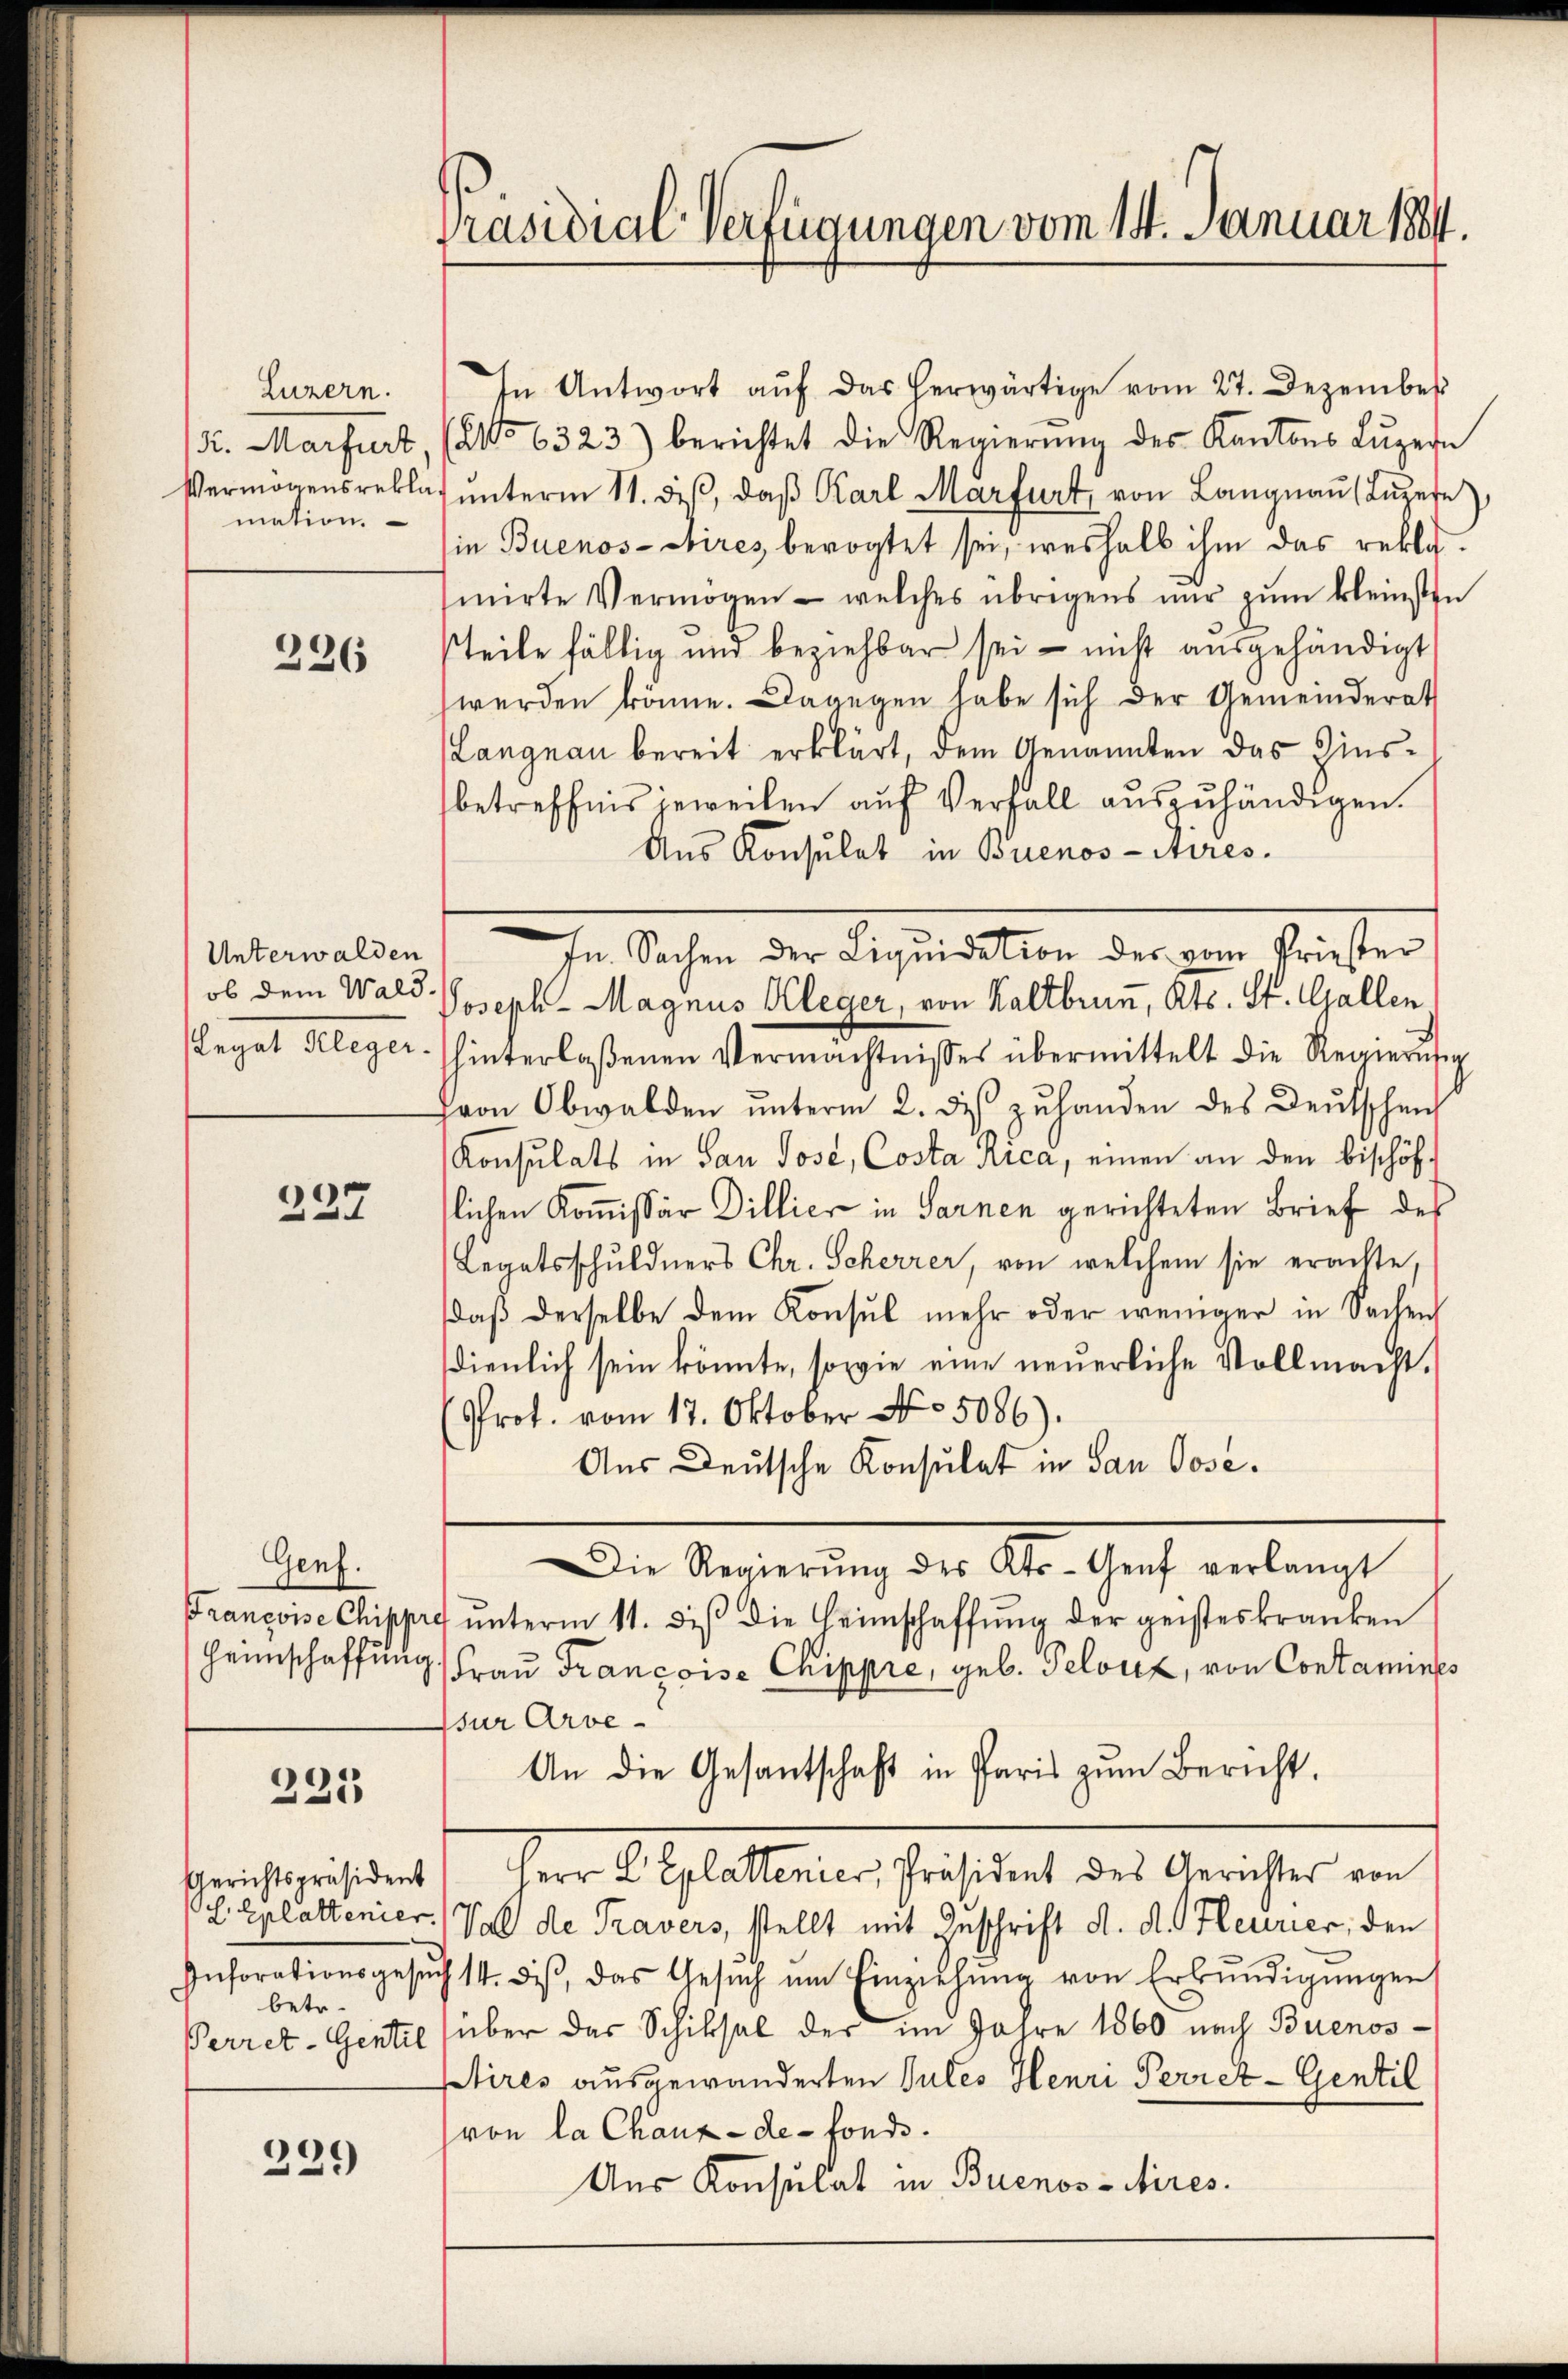
Präsidial-Verfügungen vom 14. Januar 1884.

In Antwort aŭf das herwärtige vom 27. Dezember
(No 6323) berichtet die Regierŭng des Kantons Lŭzern
Vermögensreklas ŭnterm 11. diβ, daβ Karl Marfurt, von Langnau (Luzern)
in Buenos-Aires bevogtet sei, weshalb ihm das reklainirte Vermögen - welches übrigens nur zum kleinsten
steile fällig und beziehbar sei - nicht ausgehändigt
werden könne. Dagegen habe sich der Gemeinderath
Langnau bereit erklärt, dem Genannten das Zinsbetreffnis jeweilen auf Verfall auszuhändigen.
Aus Konsulat in Buenos-Aires.
ob dem Wald Joseph Magnus Kleger, von Kaltbrunn, Kts. St. Gallen,
hinterlaßenen Vermächtnisses übermittelt die Regierŭng
von Obwalden unterm 2. des zuhanden des Deutschen
Konsulats in San Jose, Costa Rica, einen an den bischöf
lichen Kommissär Dillier in Sarnen gerichteten Brief des
Legatsschuldners Chr. Scherrer, von welchem sie erachte,
daß derselbe dem Konsul mehr oder weniger in Sachen
dienlich sein könnte, sowie eine neuerliche Vollmacht.
Prot. vom 17. Oktober No. 5086).
Aus Deutsche Konsulat in San Pose.
Die Regierŭng des Kts-Genf verlangt
Francoise Chippre ŭnterm 11. diβ die Heimschaffŭng der geisteskranken
Heimschaffung, Frau Francoise Chippre, geb. Pelvitz, von Contamines
sür Arve-
An die Gesantschaft in Paris zum Bericht.
Herr Geltenen Gestalt des Gericher an
L Eplattenier. Val de Travers, stellt mit Zuschrift d. d. Heurier, den
ich 14. diβ, das Gesŭch ŭm Einziehŭng von Erbŭndigŭngen
über das Schiksal der im Jahre 1860 nach Buenostirés ausgewanderten Gutes Henri Perret-Gentil
(von la Chaux-de-Fonds.
Aus Konsulat in Buenos-Aires.

Luzern.
K. Marfurt
mation.

236

In Sachen der Liqŭidation der vom Priester

Unterwalden
Legat Kleger.

237

Genf.

225

Gerichtspräsident
Inforationsgesu
betr.
Perret-Gentil

229